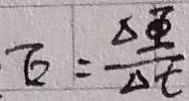
E = \frac { \Delta \phi } { \Delta t }